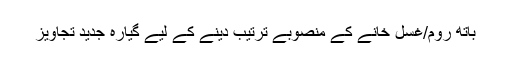
باتھ روم/غسل خانے کے منصوبے ترتیب دینے کے لیے گیارہ جدید تجاویز